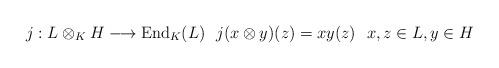
LaTeX: \begin{align*}j:L\otimes_{K} H \longrightarrow \mathrm{End}_{K}(L) \ \ j(x\otimes y)(z)=xy(z) \ \ x,z \in L, y\in H\end{align*}